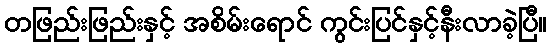
တဖြည်းဖြည်းနှင့် အစိမ်းရောင် ကွင်းပြင်နှင့်နီးလာခဲ့ပြီ။